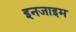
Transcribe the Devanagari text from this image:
इनजाइम